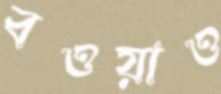
বওয়াও